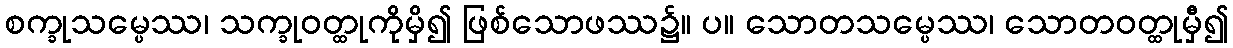
စက္ခုသမ္ပေဿ၊ သက္ခုဝတ္ထုကိုမှိ၍ ဖြစ်သောဖဿ၌။ ပ။ သောတသမ္ပေဿ၊ သောတဝတ္ထုမှီ၍